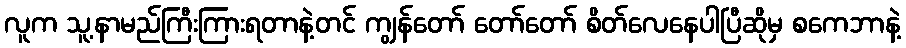
လူက သူ့နာမည်ကြီးကြားရတာနဲ့တင် ကျွန်တော် တော်တော် စိတ်လေနေပါပြီဆိုမှ စကေဘာနဲ့